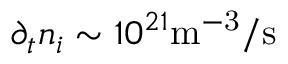
\partial _ { t } n _ { i } \sim 1 0 ^ { 2 1 } \mathrm { m ^ { - 3 } / s }